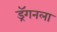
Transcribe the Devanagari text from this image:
ड्रॅगनला